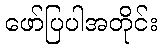
ဖော်ပြပါအတိုင်း